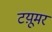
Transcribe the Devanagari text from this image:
टय़ूमर